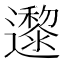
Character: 邌